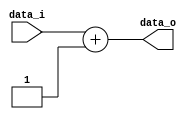
module ADDER(data_o, data_i);
	input 	[2:0]	data_i;
	output	[2:0] data_o;
	
	wire	[2:0] data_i;
	reg	[2:0] data_o;
	
	always @ (data_i) begin
		data_o = data_i + 3'd1;
	end
	// If "assign" is used, wire data type must be declared
	// If "always" is used, reg data type must be declared
	
endmodule